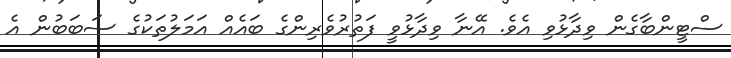
ސްޓީންބާގެން ވިދާޅުވި އެވެ. އޭނާ ވިދާޅުވީ ފަތުރުވެރިންގެ ބައެއް އަމަލުތަކުގެ ސަބަބުން އެ